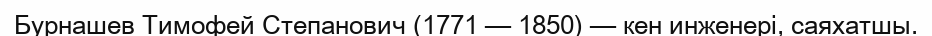
Бурнашев Тимофей Степанович (1771 — 1850) — кен инженері, саяхатшы.